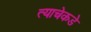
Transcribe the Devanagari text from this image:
त्याचेकडे